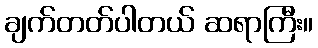
ချက်တတ်ပါတယ် ဆရာကြီး။